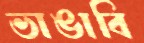
ভাঙাবি